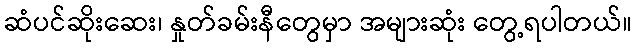
ဆံပင်ဆိုးဆေး၊ နှုတ်ခမ်းနီတွေမှာ အများဆုံး တွေ့ရပါတယ်။